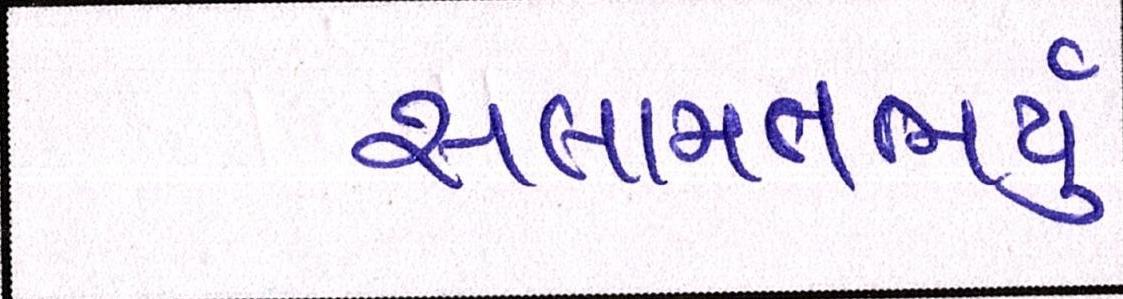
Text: સલામતભર્યું